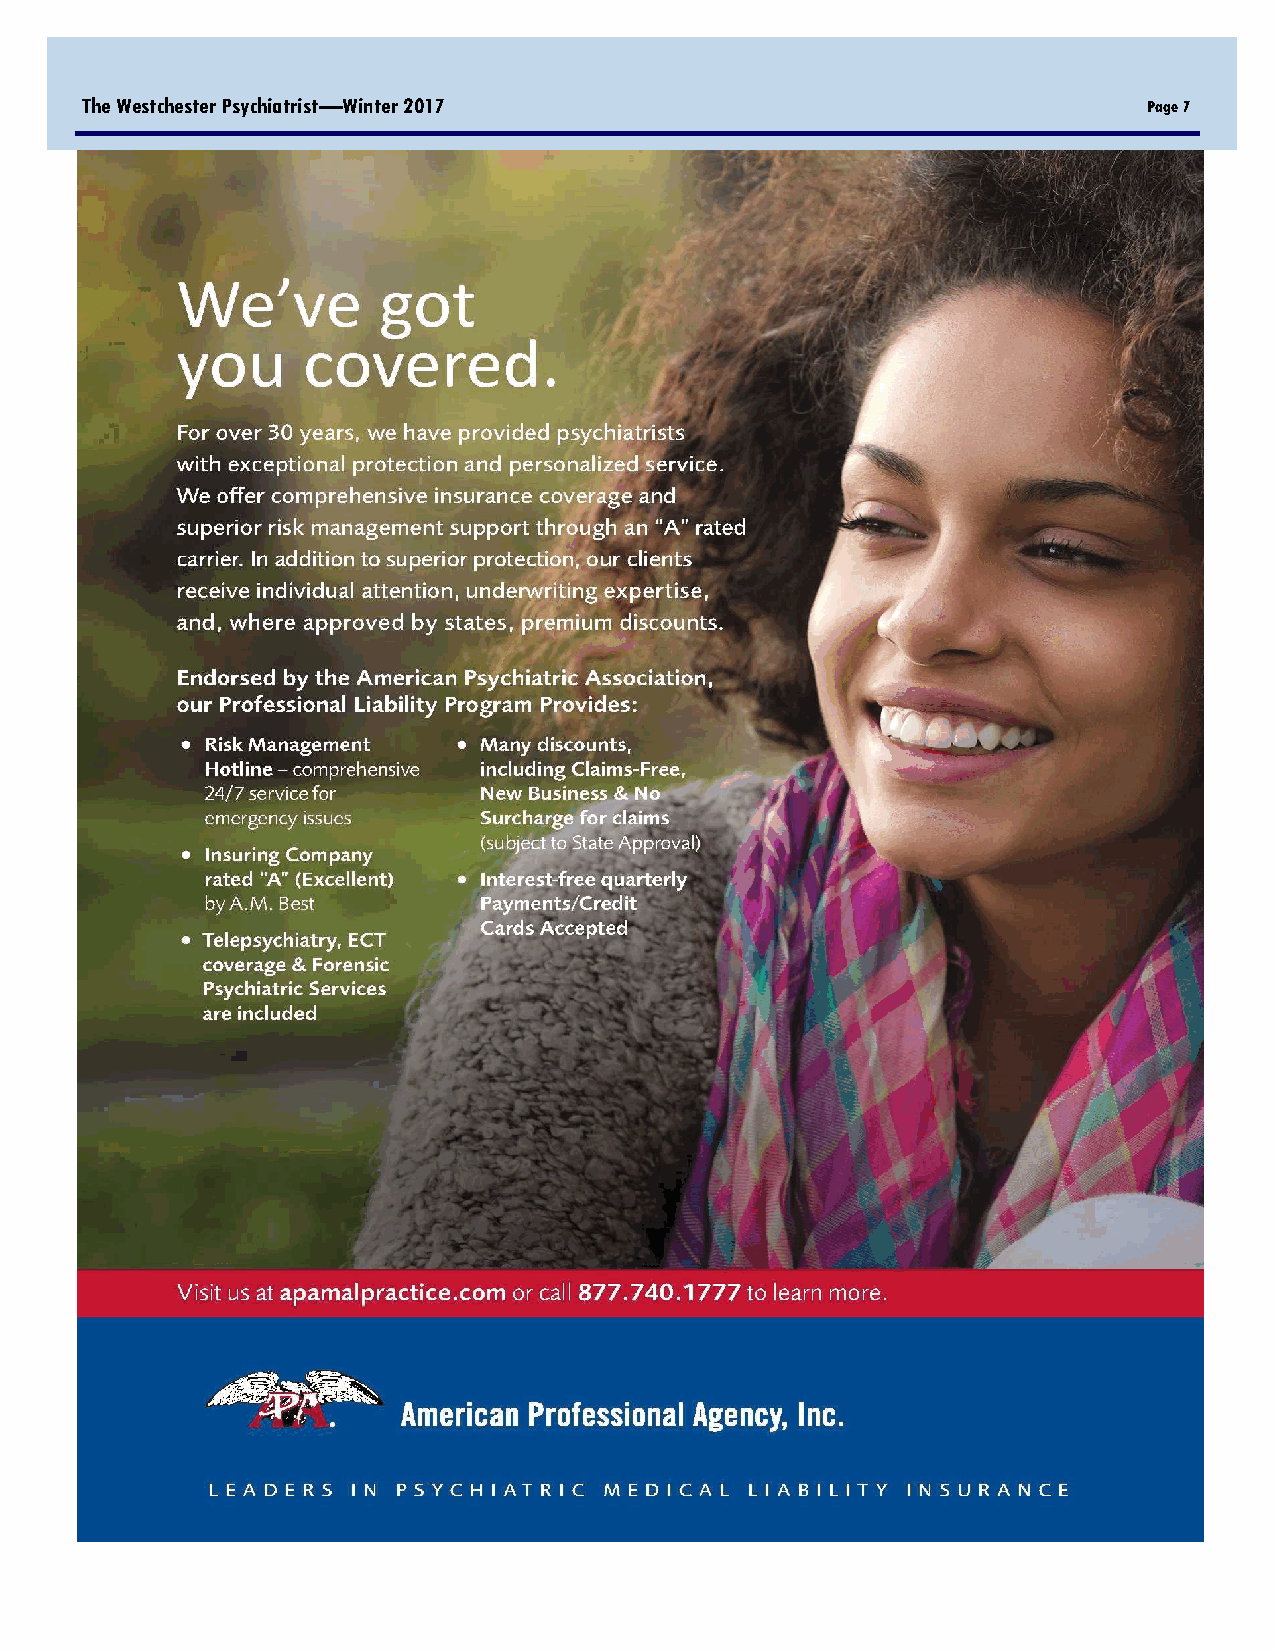
The Westchester Psychiatrist—Winter 2017                               Page 7